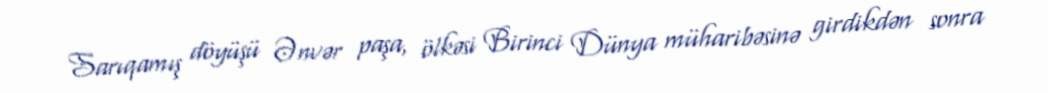
Sarıqamış döyüşü Ənvər paşa, ölkəsi Birinci Dünya müharibəsinə girdikdən sonra